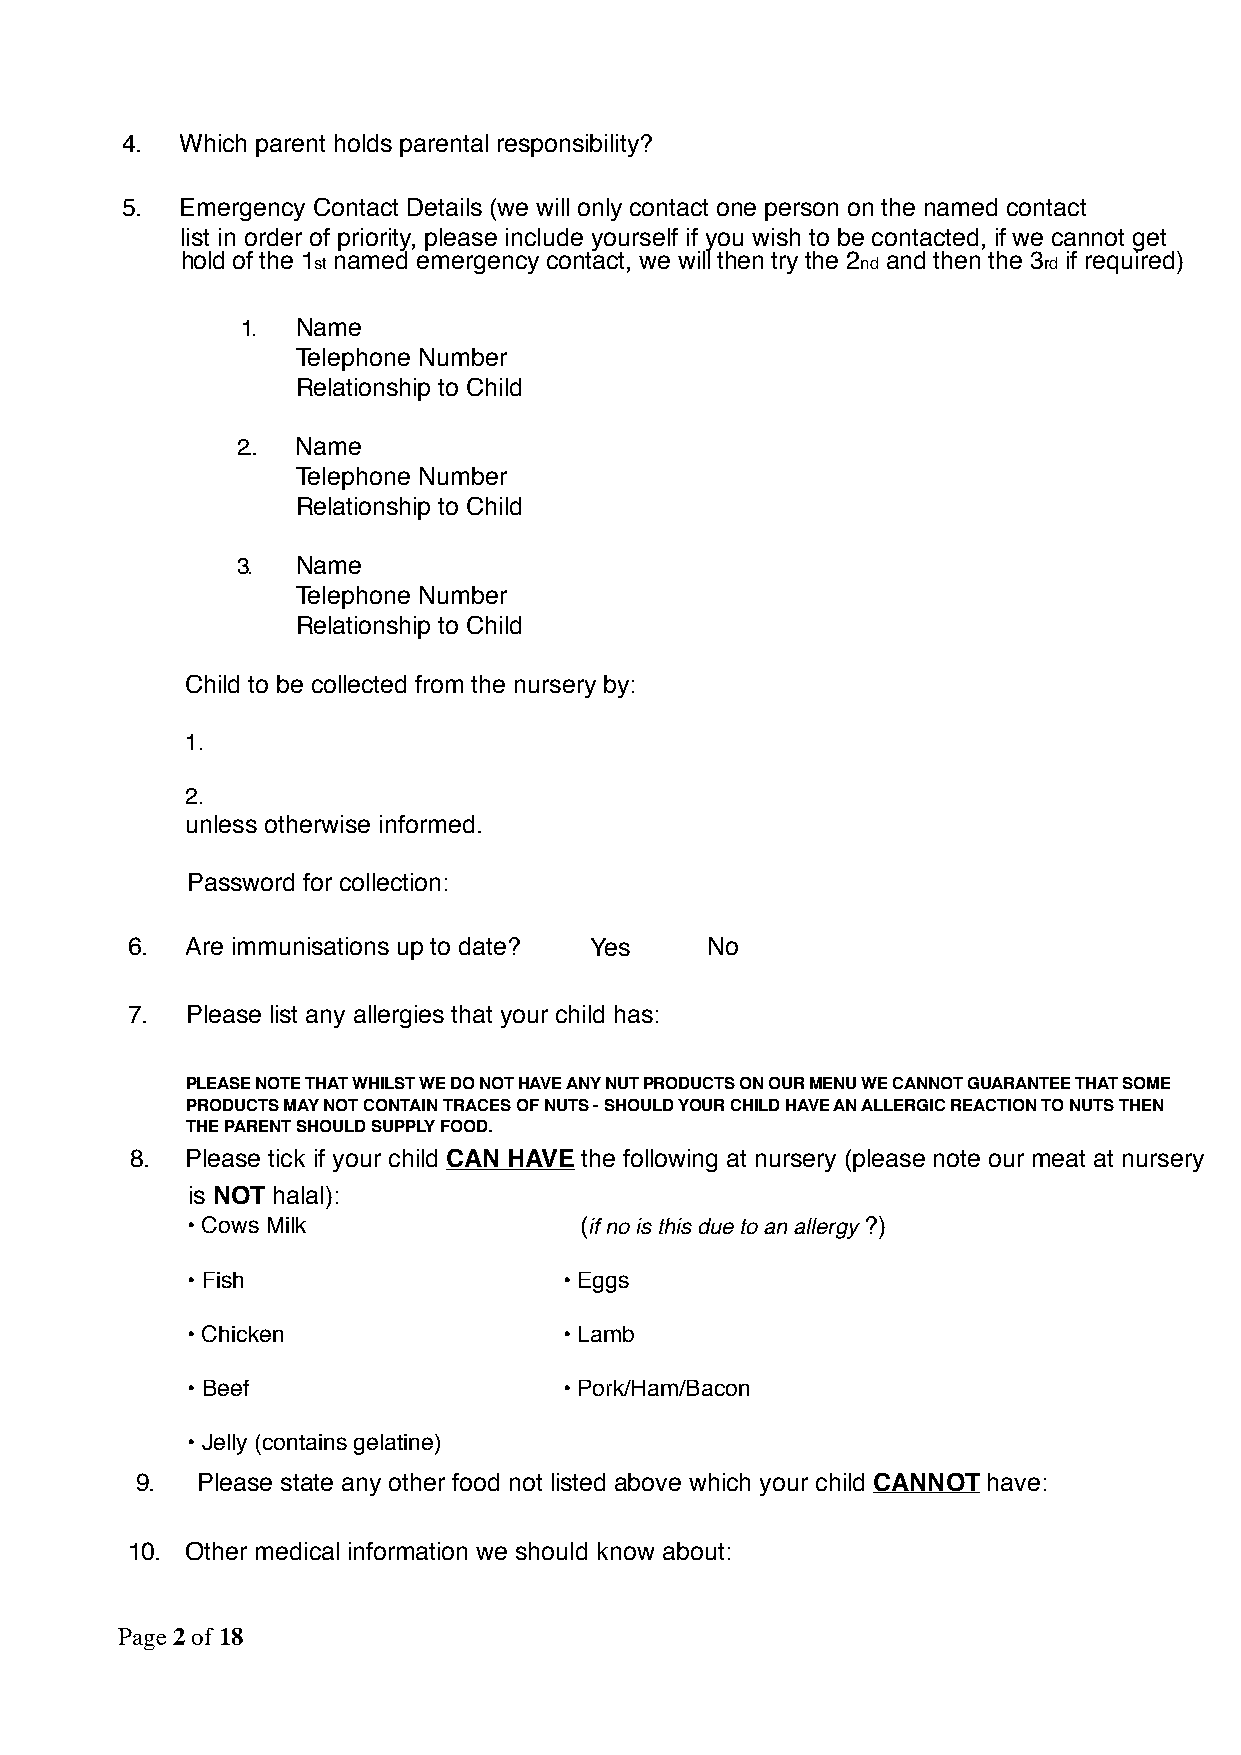
4.  Which parent holds parental responsibility?
 5.  Emergency Contact Details (we will only contact one person on the named contact
 list in order of priority, please include yourself if you wish to be contacted, if we cannot get
 hold of the 1 named emergency contact, we will then try the 2 and then the 3 if required)
 st                                  nd          rd
 1.  Name
 Telephone Number
 Relationship to Child
 2.. Name
 Telephone Number
 Relationship to Child
 3.  Name
 Telephone Number
 Relationship to Child
 Child to be collected from the nursery by:
 1.
 2.
 unless otherwise informed.
 Password for collection:
 6.  Are immunisations up to date? Yes  No
 7.  Please list any allergies that your child has:
 PLEASE NOTE THAT WHILST WE DO NOT HAVE ANY NUT PRODUCTS ON OUR MENU WE CANNOT GUARANTEE THAT SOME
 PRODUCTS MAY NOT CONTAIN TRACES OF NUTS - SHOULD YOUR CHILD HAVE AN ALLERGIC REACTION TO NUTS THEN
 THE PARENT SHOULD SUPPLY FOOD.
 8. Please tick if your child CAN HAVE the following at nursery (please note our meat at nursery
 is NOT halal):
 • Cows Milk               (if no is this due to an allergy ?)
 • Fish                   • Eggs
 • Chicken                • Lamb
 • Beef                   • Pork/Ham/Bacon
 • Jelly (contains gelatine)
 9.  Please state any other food not listed above which your child CANNOT have:
 10. Other medical information we should know about:
 Page 2 of 18